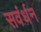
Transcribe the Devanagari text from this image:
सवंर्धन